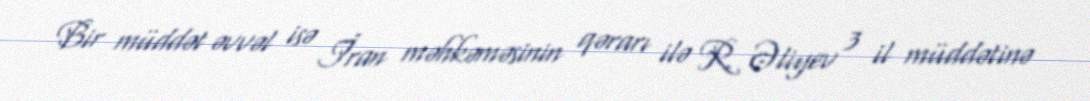
Bir müddət əvvəl isə İran məhkəməsinin qərarı ilə R. Əliyev 3 il müddətinə